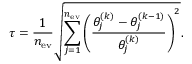
\tau = \frac { 1 } { n _ { \mathrm { e v } } } \sqrt { \sum _ { j = 1 } ^ { n _ { \mathrm { e v } } } { \left( \frac { \theta _ { j } ^ { ( k ) } - \theta _ { j } ^ { ( k - 1 ) } } { \theta _ { j } ^ { ( k ) } } \right) ^ { 2 } } } .